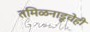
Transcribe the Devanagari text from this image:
तमिळनाडूचेही